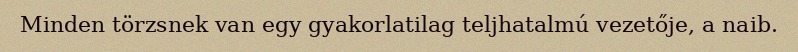
Minden törzsnek van egy gyakorlatilag teljhatalmú vezetője, a naib.